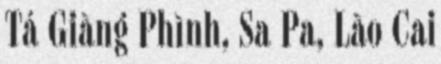
Tả Giàng Phình, Sa Pa, Lào Cai